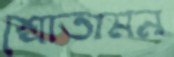
শ্রোতামন